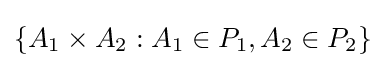
\{A_{1}\times A_{2}:A_{1}\in P_{1},A_{2}\in P_{2}\}